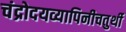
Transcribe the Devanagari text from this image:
चंद्रोदयव्यापिनीचतुर्थी